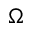
\Omega